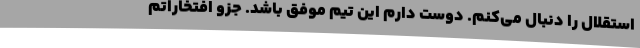
استقلال را دنبال می‌کنم. دوست دارم این تیم موفق باشد. جزو افتخاراتم